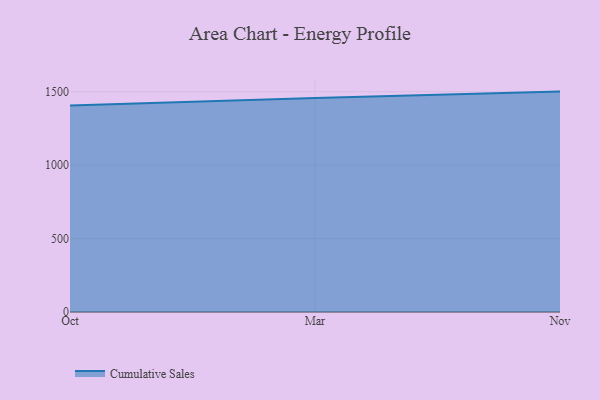
{"axis": {"x": "Month", "y": "Active Users"}, "legend": ["Cumulative Sales"], "data": [{"x": "Oct", "y": 1406.5, "type": "Cumulative Sales"}, {"x": "Mar", "y": 1457.5, "type": "Cumulative Sales"}, {"x": "Nov", "y": 1501.0, "type": "Cumulative Sales"}]}